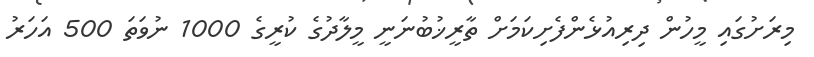
މިރަށުގައި މީހުން ދިރިއުޅެންފެށިކަމަށް ތާރީޚުބުނަނީ މީލާދުގެ ކުރީގެ 1000 ނުވަތަ 500 އަހަރު